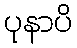
ပုနာပိ